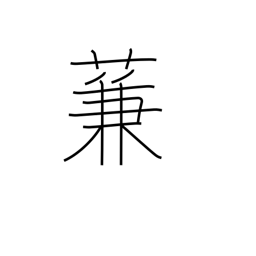
Meaning: type of reed